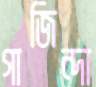
গাজিন্দা